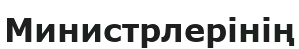
Министрлерінің